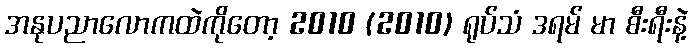
အနုပညာလောကထဲကိုတော့ 2010 (2010) ရုပ်သံ ဒရမ် မာ စီးရီးနဲ့